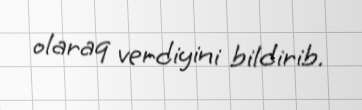
olaraq verdiyini bildirib.